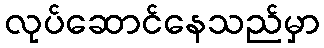
လုပ်ဆောင်နေသည်မှာ